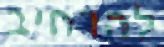
להרחיב